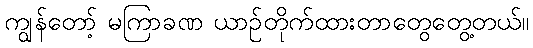
ကျွန်တော့် မကြာခဏ ယာဉ်တိုက်ထားတာတွေတွေ့တယ်။